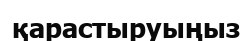
қарастыруыңыз